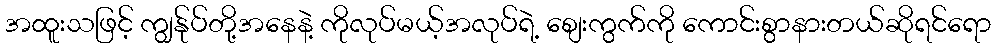
အထူးသဖြင့် ကျွန်ုပ်တို့အနေနဲ့ ကိုလုပ်မယ့်အလုပ်ရဲ့ စျေးကွက်ကို ကောင်းစွာနားတယ်ဆိုရင်ရော